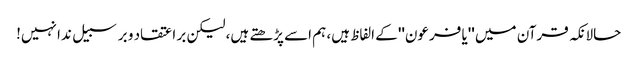
حالانکہ قرآن میں ''یا فرعون'' کے الفاظ ہیں، ہم اسے پڑھتے ہیں، لیکن بر اعتقاد و برسبیل ندا نہیں!